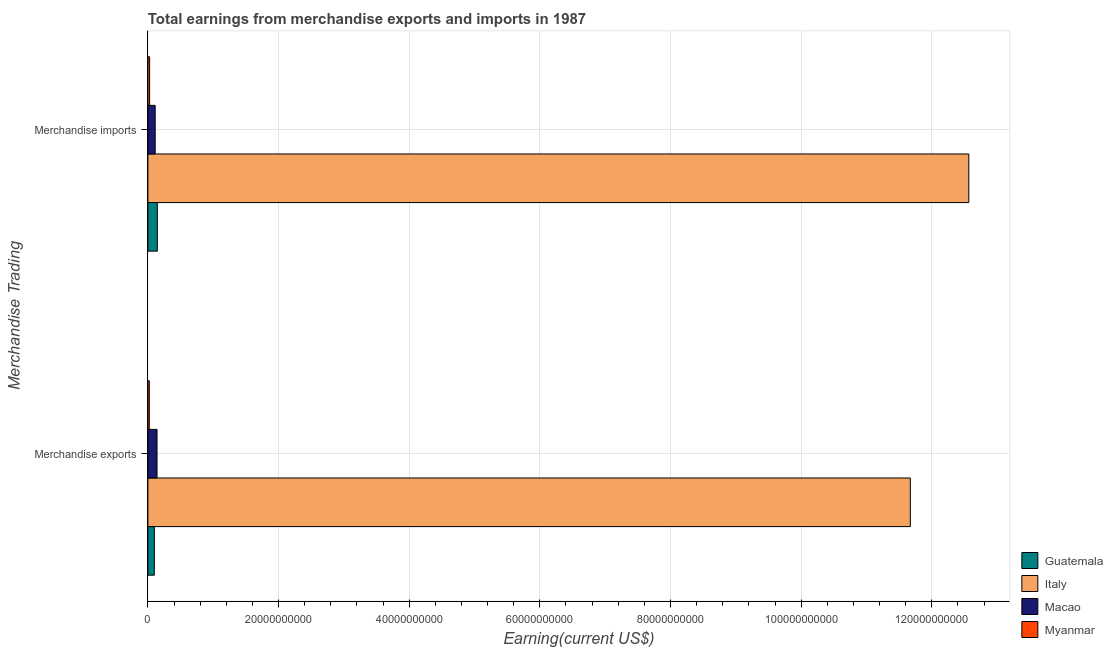
| Merchandise Trading | Guatemala | Italy | Macao | Myanmar |
 | --- | --- | --- | --- | --- |
 | Merchandise exports | 9.87e+08 | 1.17e+11 | 1.4e+09 | 2.19e+08 |
 | Merchandise imports | 1.45e+09 | 1.26e+11 | 1.12e+09 | 2.68e+08 |